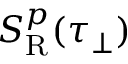
S _ { \mathrm { { R } } } ^ { p } ( \tau _ { \perp } )